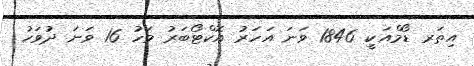
އިތަރ ޑޯމްއަކީ 1846 ވަނަ އަހަރު އޮކްޓޯބަރު މަހު 16 ވަނަ ދުވަހު